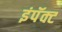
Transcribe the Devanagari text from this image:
इंपॅक्ट